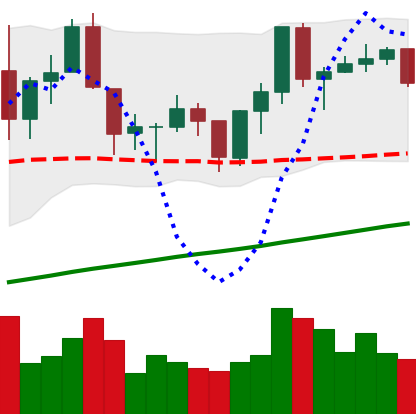
Ticker: ADA-USD
Chart end date: 2019-06-18
Forward return: 8.408%
Label: up_7plus